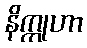
နိက္ကုဟာ